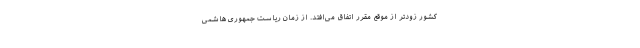
کشور زودتر از موقع مقرر اتفاق می‌افتد. از زمان ریاست جمهوری هاشمی